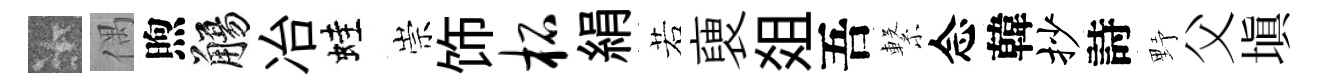
卡偶煦觴冶蛙崇饰柘絹若褏爼吾繋念韓抄詩野父塡